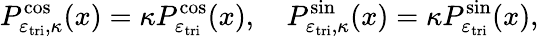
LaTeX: P_{\varepsilon_{\mathrm{tri}},\kappa}^{\cos}(x)=\kappa P_{\varepsilon_{\mathrm{tri}}}^{\cos}(x),\quad P_{\varepsilon_{\mathrm{tri}},\kappa}^{\sin}(x)=\kappa P_{\varepsilon_{\mathrm{tri}}}^{\sin}(x),